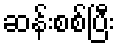
ဆန်းစစ်ပြီး